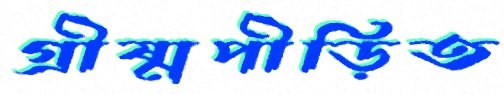
গ্রীষ্মপীড়িত